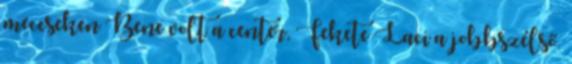
meccseken Bene volt a center, Fekete Laci a jobbszélső.